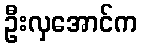
ဦးလှအောင်က